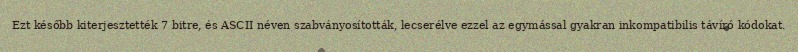
Ezt később kiterjesztették 7 bitre, és ASCII néven szabványosították, lecserélve ezzel az egymással gyakran inkompatibilis távíró kódokat.